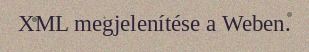
XML megjelenítése a Weben.